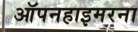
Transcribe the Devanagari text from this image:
ऑपनहाइमरना